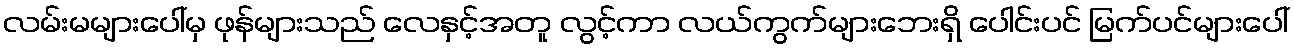
လမ်းမများပေါ်မှ ဖုန်များသည် လေနှင့်အတူ လွင့်ကာ လယ်ကွက်များဘေးရှိ ပေါင်းပင် မြက်ပင်များပေါ်